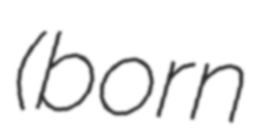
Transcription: (born